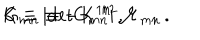
K \equiv | \mathrm { d e t } G _ { m n } | \, , \hspace { 1 c m } G _ { m n } \equiv - K ^ { 1 / 2 } { \cal M } _ { m n } \, .